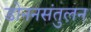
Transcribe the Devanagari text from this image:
डोननसंतुलन